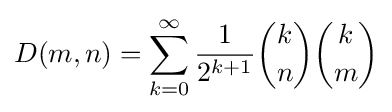
D(m,n)=\sum _{k=0}^{\infty }{\frac {1}{2^{k+1}}}{\binom {k}{n}}{\binom {k}{m}}